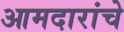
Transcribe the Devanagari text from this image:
आमदारांचे